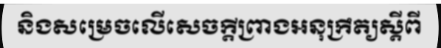
និងសម្រេចលើសេចក្តីព្រាងអនុក្រឹត្យស្តីពី